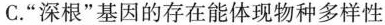
C.”深根”基因的存在能体现物种多样性